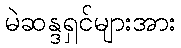
မဲဆန္ဒရှင်များအား